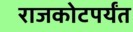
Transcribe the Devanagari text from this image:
राजकोटपर्यंत